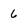
Character: 6